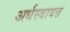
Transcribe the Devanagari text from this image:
अर्धस्वायत्त